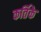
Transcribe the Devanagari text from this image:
कर्तिके